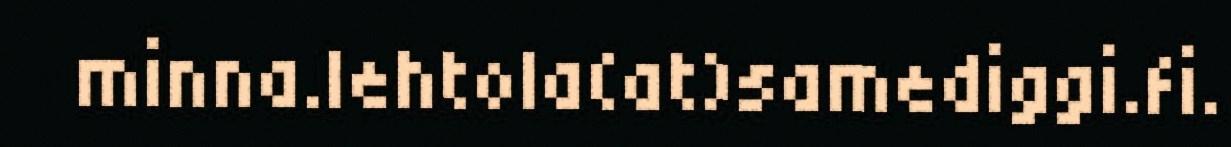
minna.lehtola(at)samediggi.fi.